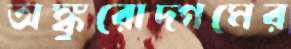
অঙ্কুরোদ্গমের